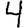
Digit: 4